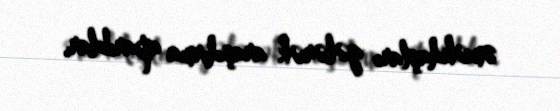
əməkdaşları gələrək araşdırma aparıblar.